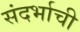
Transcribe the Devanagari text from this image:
संदर्भाची